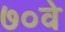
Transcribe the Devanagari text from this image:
७०वे